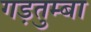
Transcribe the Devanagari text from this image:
गड़तुम्बा